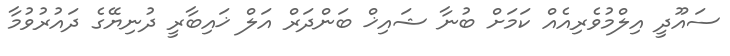
ސައޫދީ އިލްމުވެރިއެއް ކަމަށް ބުނާ ޝައިޚް ބަންދަރް އަލް ޚައިބާރީ ދުނިޔޭގެ ދައުރުވުމާ